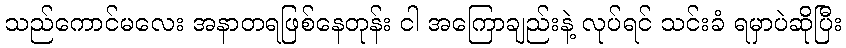
သည်ကောင်မလေး အနာတရဖြစ်နေတုန်း ငါ အကြောချည်းနဲ့ လုပ်ရင် သင်းခံ ရမှာပဲဆိုပြီး